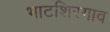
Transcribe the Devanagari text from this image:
भाटशिरगाव